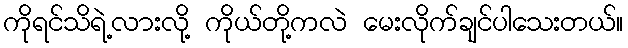
ကိုရင်သိရဲ့လားလို့ ကိုယ်တို့ကလဲ မေးလိုက်ချင်ပါသေးတယ်။